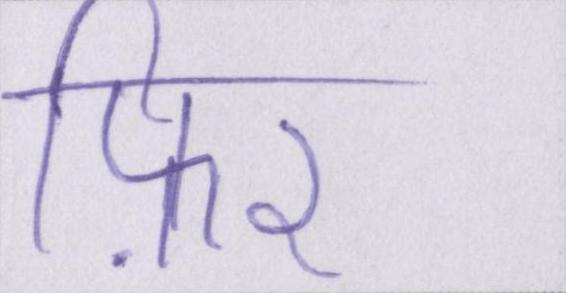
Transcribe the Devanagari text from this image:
फ़िर